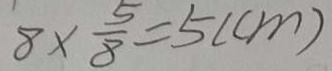
8 \times \frac { 5 } { 8 } = 5 ( c m )